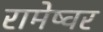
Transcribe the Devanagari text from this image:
रामेष्वर